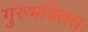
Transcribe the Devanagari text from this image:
गुरुभक्तितः